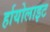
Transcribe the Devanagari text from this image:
र्हायोलाइट